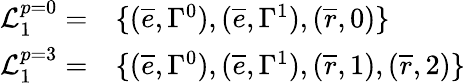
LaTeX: \begin{array}{rl}{\mathcal{L}_{1}^{p=0}=}&{\{ (\overline{{e}},\Gamma^{0}),(\overline{{e}},\Gamma^{1}),(\overline{{r}},0)\} }\\ {\mathcal{L}_{1}^{p=3}=}&{\{ (\overline{{e}},\Gamma^{0}),(\overline{{e}},\Gamma^{1}),(\overline{{r}},1),(\overline{{r}},2)\} }\end{array}